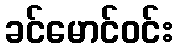
ခင်မောင်ဝင်း